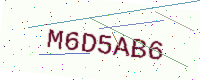
Text: M6D5AB6